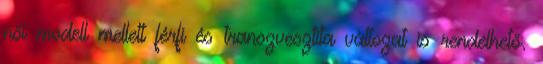
női modell mellett férfi és transzvesztita változat is rendelhető.